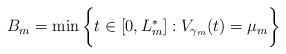
LaTeX: \begin{align*}B_m = \min \bigg\{ t \in [0,L_m^*] : V_{\gamma_m}(t)=\mu_m \bigg\}\end{align*}